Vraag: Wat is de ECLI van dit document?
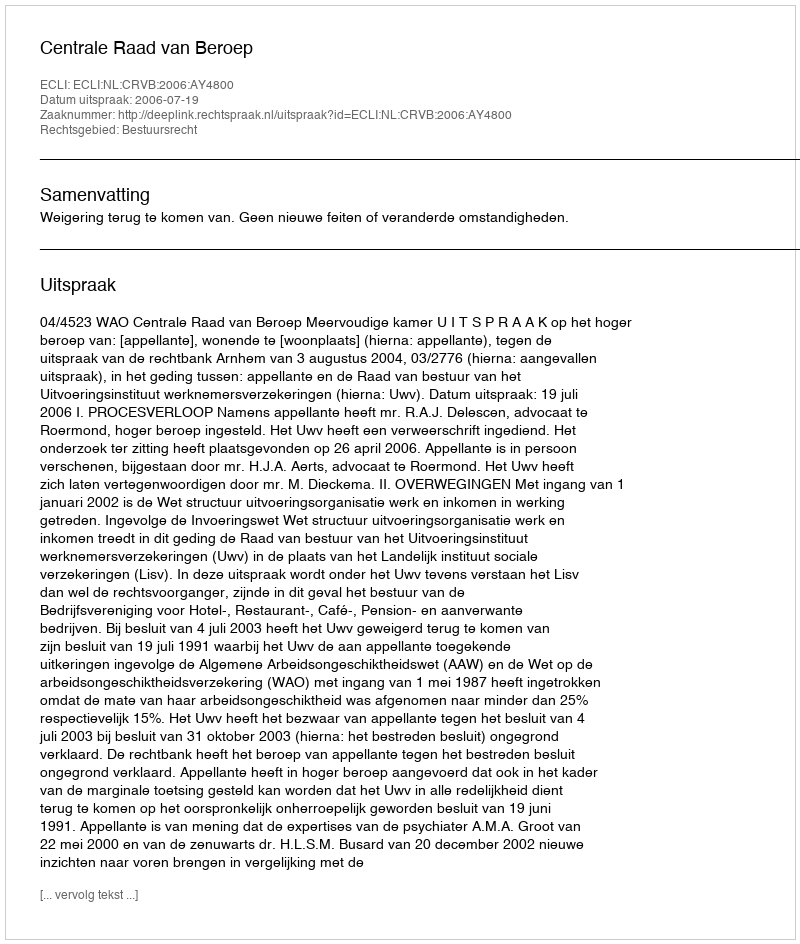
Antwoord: ECLI:NL:CRVB:2006:AY4800